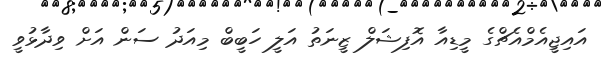
އައިޖީއެމްއެޗްގެ މީޑިއާ އޮފިޝަލް ޒީނަތު އަލީ ހަބީބް މިއަދު ސަން އަށް ވިދާޅުވީ